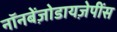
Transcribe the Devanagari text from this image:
नॉनबेंज़ोडायज़ेपींस